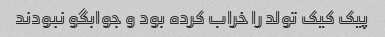
پیک کیک تولد را خراب کرده بود و جوابگو نبودند